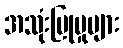
အသုံးပြုမှုများ